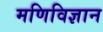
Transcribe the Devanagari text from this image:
मणिविज्ञान